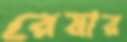
রেয়ার